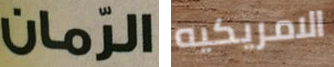
الرمان الامريكيه